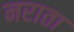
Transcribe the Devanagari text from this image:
नराता